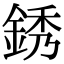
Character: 銹